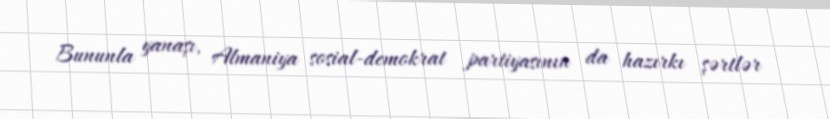
Bununla yanaşı, Almaniya sosial-demokrat partiyasının da hazırkı şərtlər